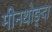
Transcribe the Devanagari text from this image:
मीनथोङ्दा